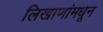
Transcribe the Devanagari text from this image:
लिखाणांमधून